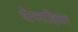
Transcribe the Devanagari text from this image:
योगवाष्ठिसार